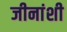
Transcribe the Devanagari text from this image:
जीनांशी